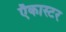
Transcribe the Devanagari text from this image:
ऍकास्टर